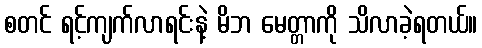
စတင် ရင့်ကျက်လာရင်းနဲ့ မိဘ မေတ္တာကို သိလာခဲ့ရတယ်။